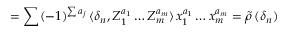
= \sum ( - 1 ) ^ { \sum a _ { j } } \, \langle \delta _ { n } , Z _ { 1 } ^ { a _ { 1 } } \ldots Z _ { m } ^ { a _ { m } } \rangle \, x _ { 1 } ^ { a _ { 1 } } \ldots x _ { m } ^ { a _ { m } } = \widetilde { \rho } \, ( \delta _ { n } )